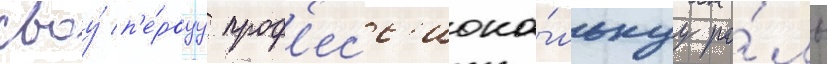
своу́ п'е́рвуу проф'есс'иона́льнуу ро́ль